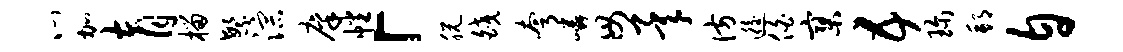
心加育榴繁淙廪幡「脱皎夸嶙毋承彷逅伯寥五珍邦自